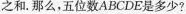
之和。那么，五位数 \overline{ABCDE}是多少?